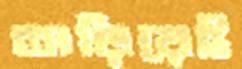
তাড়িয়েই